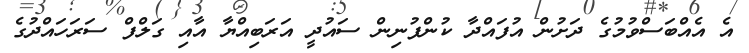
އެ އެއްބަސްވުމުގެ ދަށުން އުފައްދާ ކުންފުނިން ސައުދީ އަރަބިއްޔާ އާއި ގަލްފް ސަރަހައްދުގެ